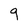
Character: 9